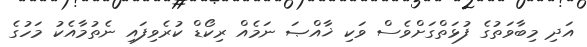
އަދި މިބާވަތުގެ ފުޅަތްގަށްވެސް ވަކި ޚާއްޞަ ނަމެއް ރިކޯޑް ކުރެވިފައި ނެތުމާއެކު މަހުގެ